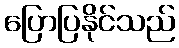
ပြောပြနိုင်သည်